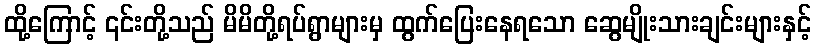
ထို့ကြောင့် ၎င်းတို့သည် မိမိတို့ရပ်ရွာများမှ ထွက်ပြေးနေရသော ဆွေမျိုးသားချင်းများနှင့်